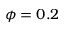
\phi = 0 . 2